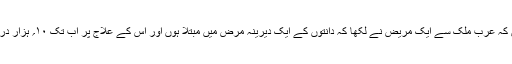
ڈاکٹر محمود چغتائی لکھتے ہیں کہ عرب ملک سے ایک مریض نے لکھا کہ دانتوں کے ایک دیرینہ مرض میں مبتلا ہوں اور اس کے علاج پر اب تک ۱۰؍ ہزار درہم لگا چکا ہوں لیکن افاقہ نہ ہوا۔